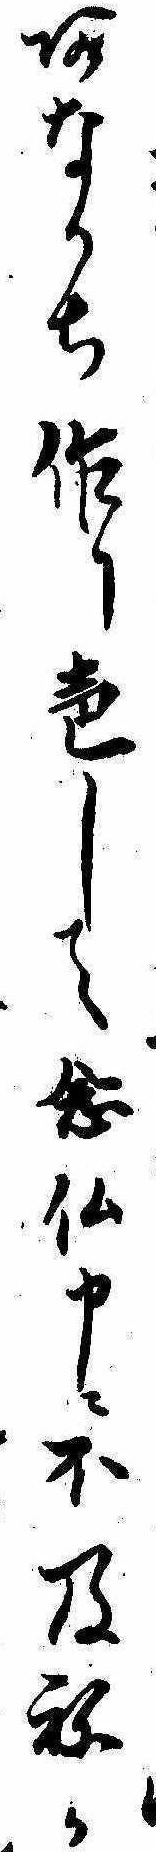
あなかち作り声して念仏申に不及ねか